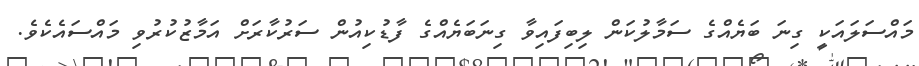
މައްސަލައަކީ ގިނަ ބަޔެއްގެ ސަމާލުކަން ލިބިފައިވާ ގިނަބަޔެއްގެ ފާޑުކިއުން ސަރުކާރަށް އަމާޒުކުރުވި މައްސައެކެވެ.